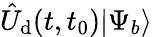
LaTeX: \hat{U}_{\textrm{d}}(t,t_{0})|\Psi_{b}\rangle